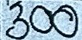
300